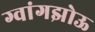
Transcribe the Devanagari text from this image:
ग्वांगझोऊ